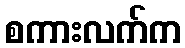
စကားလက်က